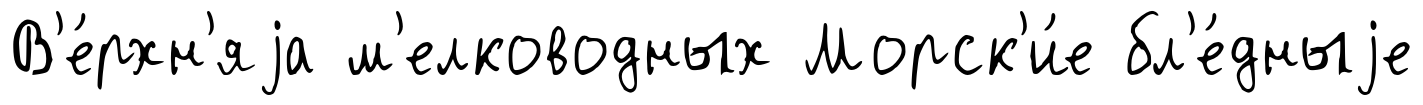
В'е́рхн'яjа м'елководных Морск'и́е бл'е́дныjе